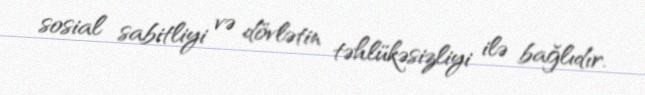
sosial sabitliyi və dövlətin təhlükəsizliyi ilə bağlıdır.